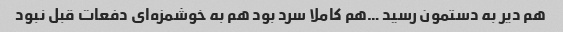
هم دیر به دستمون رسید …هم کاملا سرد بود هم به خوشمزه‌ای دفعات قبل نبود